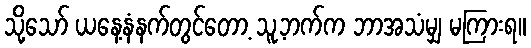
သို့သော် ယနေ့နံနက်တွင်တော့ သူ့ဘက်က ဘာအသံမျှ မကြားရ။